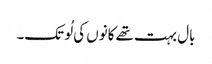
بال بہت تھے کانوں کی لُو تک۔